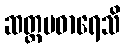
ဆတ္တမဓာရေသိ